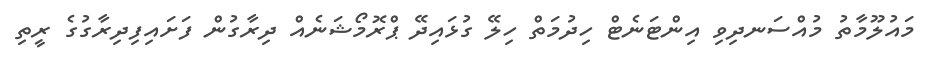
މައުލޫމާތު މުއްސަނދިވި އިންޓަނެޓް ހިދުމަތް ހިލޭ ގުޅައިދޭ ޕްރޮމޯޝަނެއް ދިރާގުން ފަށައިފިދިރާގުގެ ރީތި